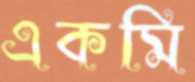
একমি